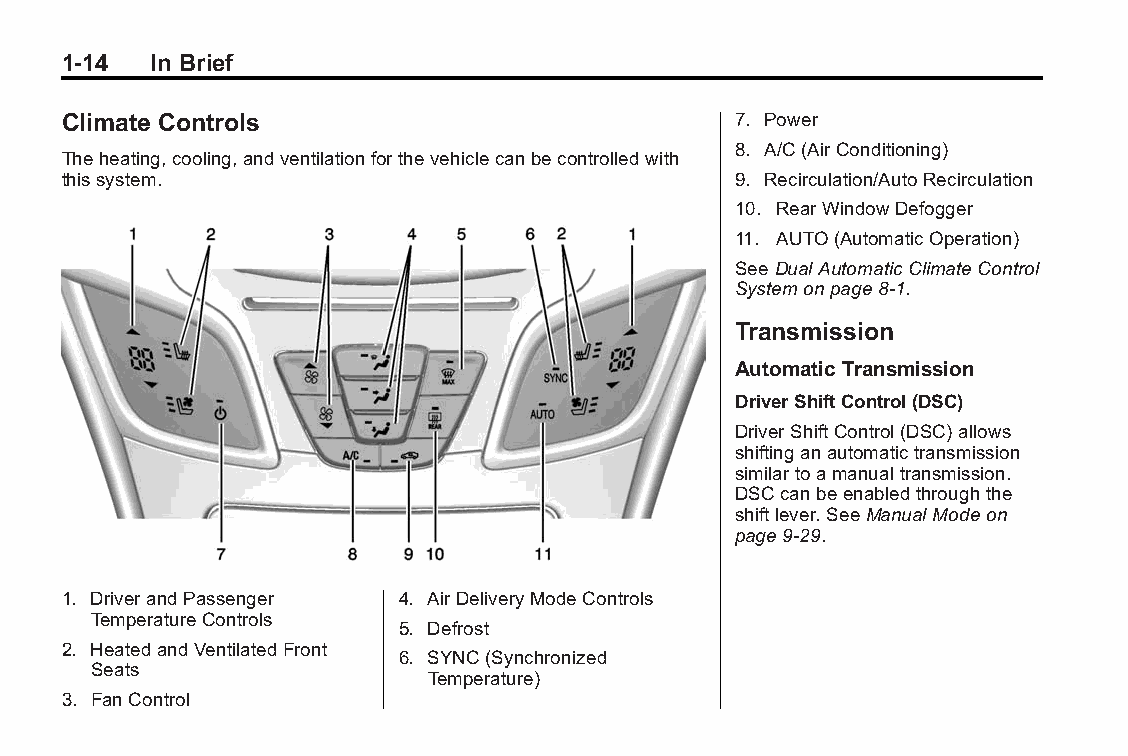
Buick LaCrosse Owner Manual (GMNA-Localizing-U.S./Canada/Mexico- Blackplate(14,1)
 6043609)-2014-2ndEdition-10/17/13
 1-14  In Brief
 Climate Controls                            7. Power
 8. A/C(AirConditioning)
 Theheating,cooling,andventilationforthevehiclecanbecontrolledwith
 thissystem.                                 9. Recirculation/AutoRecirculation
 10. RearWindowDefogger
 11. AUTO(AutomaticOperation)
 SeeDualAutomaticClimateControl
 Systemonpage8-1.
 Transmission
 Automatic Transmission
 DriverShiftControl(DSC)
 DriverShiftControl(DSC)allows
 shiftinganautomatictransmission
 similartoamanualtransmission.
 DSCcanbeenabledthroughthe
 shiftlever.SeeManualModeon
 page9-29.
 1. DriverandPassenger 4. AirDeliveryModeControls
 TemperatureControls
 5. Defrost
 2. HeatedandVentilatedFront
 6. SYNC(Synchronized
 Seats
 Temperature)
 3. FanControl